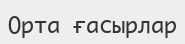
Орта ғасырлар